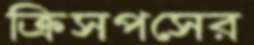
ক্রিসপসের